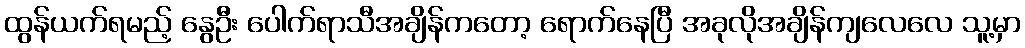
ထွန်ယက်ရမည့် နွေဦး ပေါက်ရာသီအချိန်ကတော့ ရောက်နေပြီ အခုလိုအချိန်ကျလေလေ သူ့မှာ